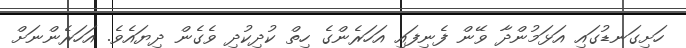
ހަށިގަނޑުގައި އަޅަމުންދާ ވޭން ފެނިފައި އަހަރެންގެ ހިތް ކުދިކުދި ވެގެން ދިޔައެވެ. އަހަރެންނަށް